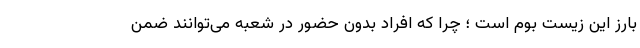
بارز این زیست بوم است ؛ چرا که افراد بدون حضور در شعبه می‌توانند ضمن